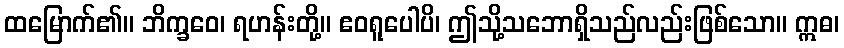
ထမြောက်၏။ ဘိက္ခဝေ၊ ရဟန်းတို့။ ဧဝရူပေါပိ၊ ဤသို့သဘောရှိသည်လည်းဖြစ်သော။ ဣဓ၊